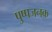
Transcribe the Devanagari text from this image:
पुष्पजनक